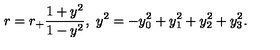
r = r _ { + } \frac { 1 + y ^ { 2 } } { 1 - y ^ { 2 } } , \ y ^ { 2 } = - y _ { 0 } ^ { 2 } + y _ { 1 } ^ { 2 } + y _ { 2 } ^ { 2 } + y _ { 3 } ^ { 2 } .